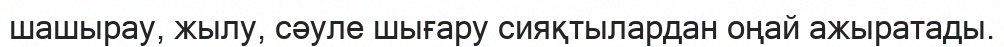
шашырау, жылу, сәуле шығару сияқтылардан оңай ажыратады.